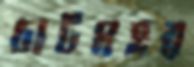
চাটমহর